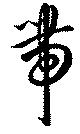
帯